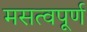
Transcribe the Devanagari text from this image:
मसत्वपूर्ण